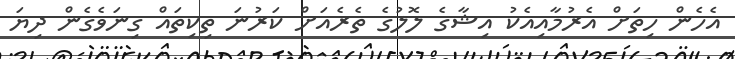
އެހެން ހިތަށް އެރުމާއިއެކު އިޝާގެ ލޮލުގެ ތެރެއަށް ކަރުނަ ތިކިތައް ގިނަވެގެން ދިޔަ